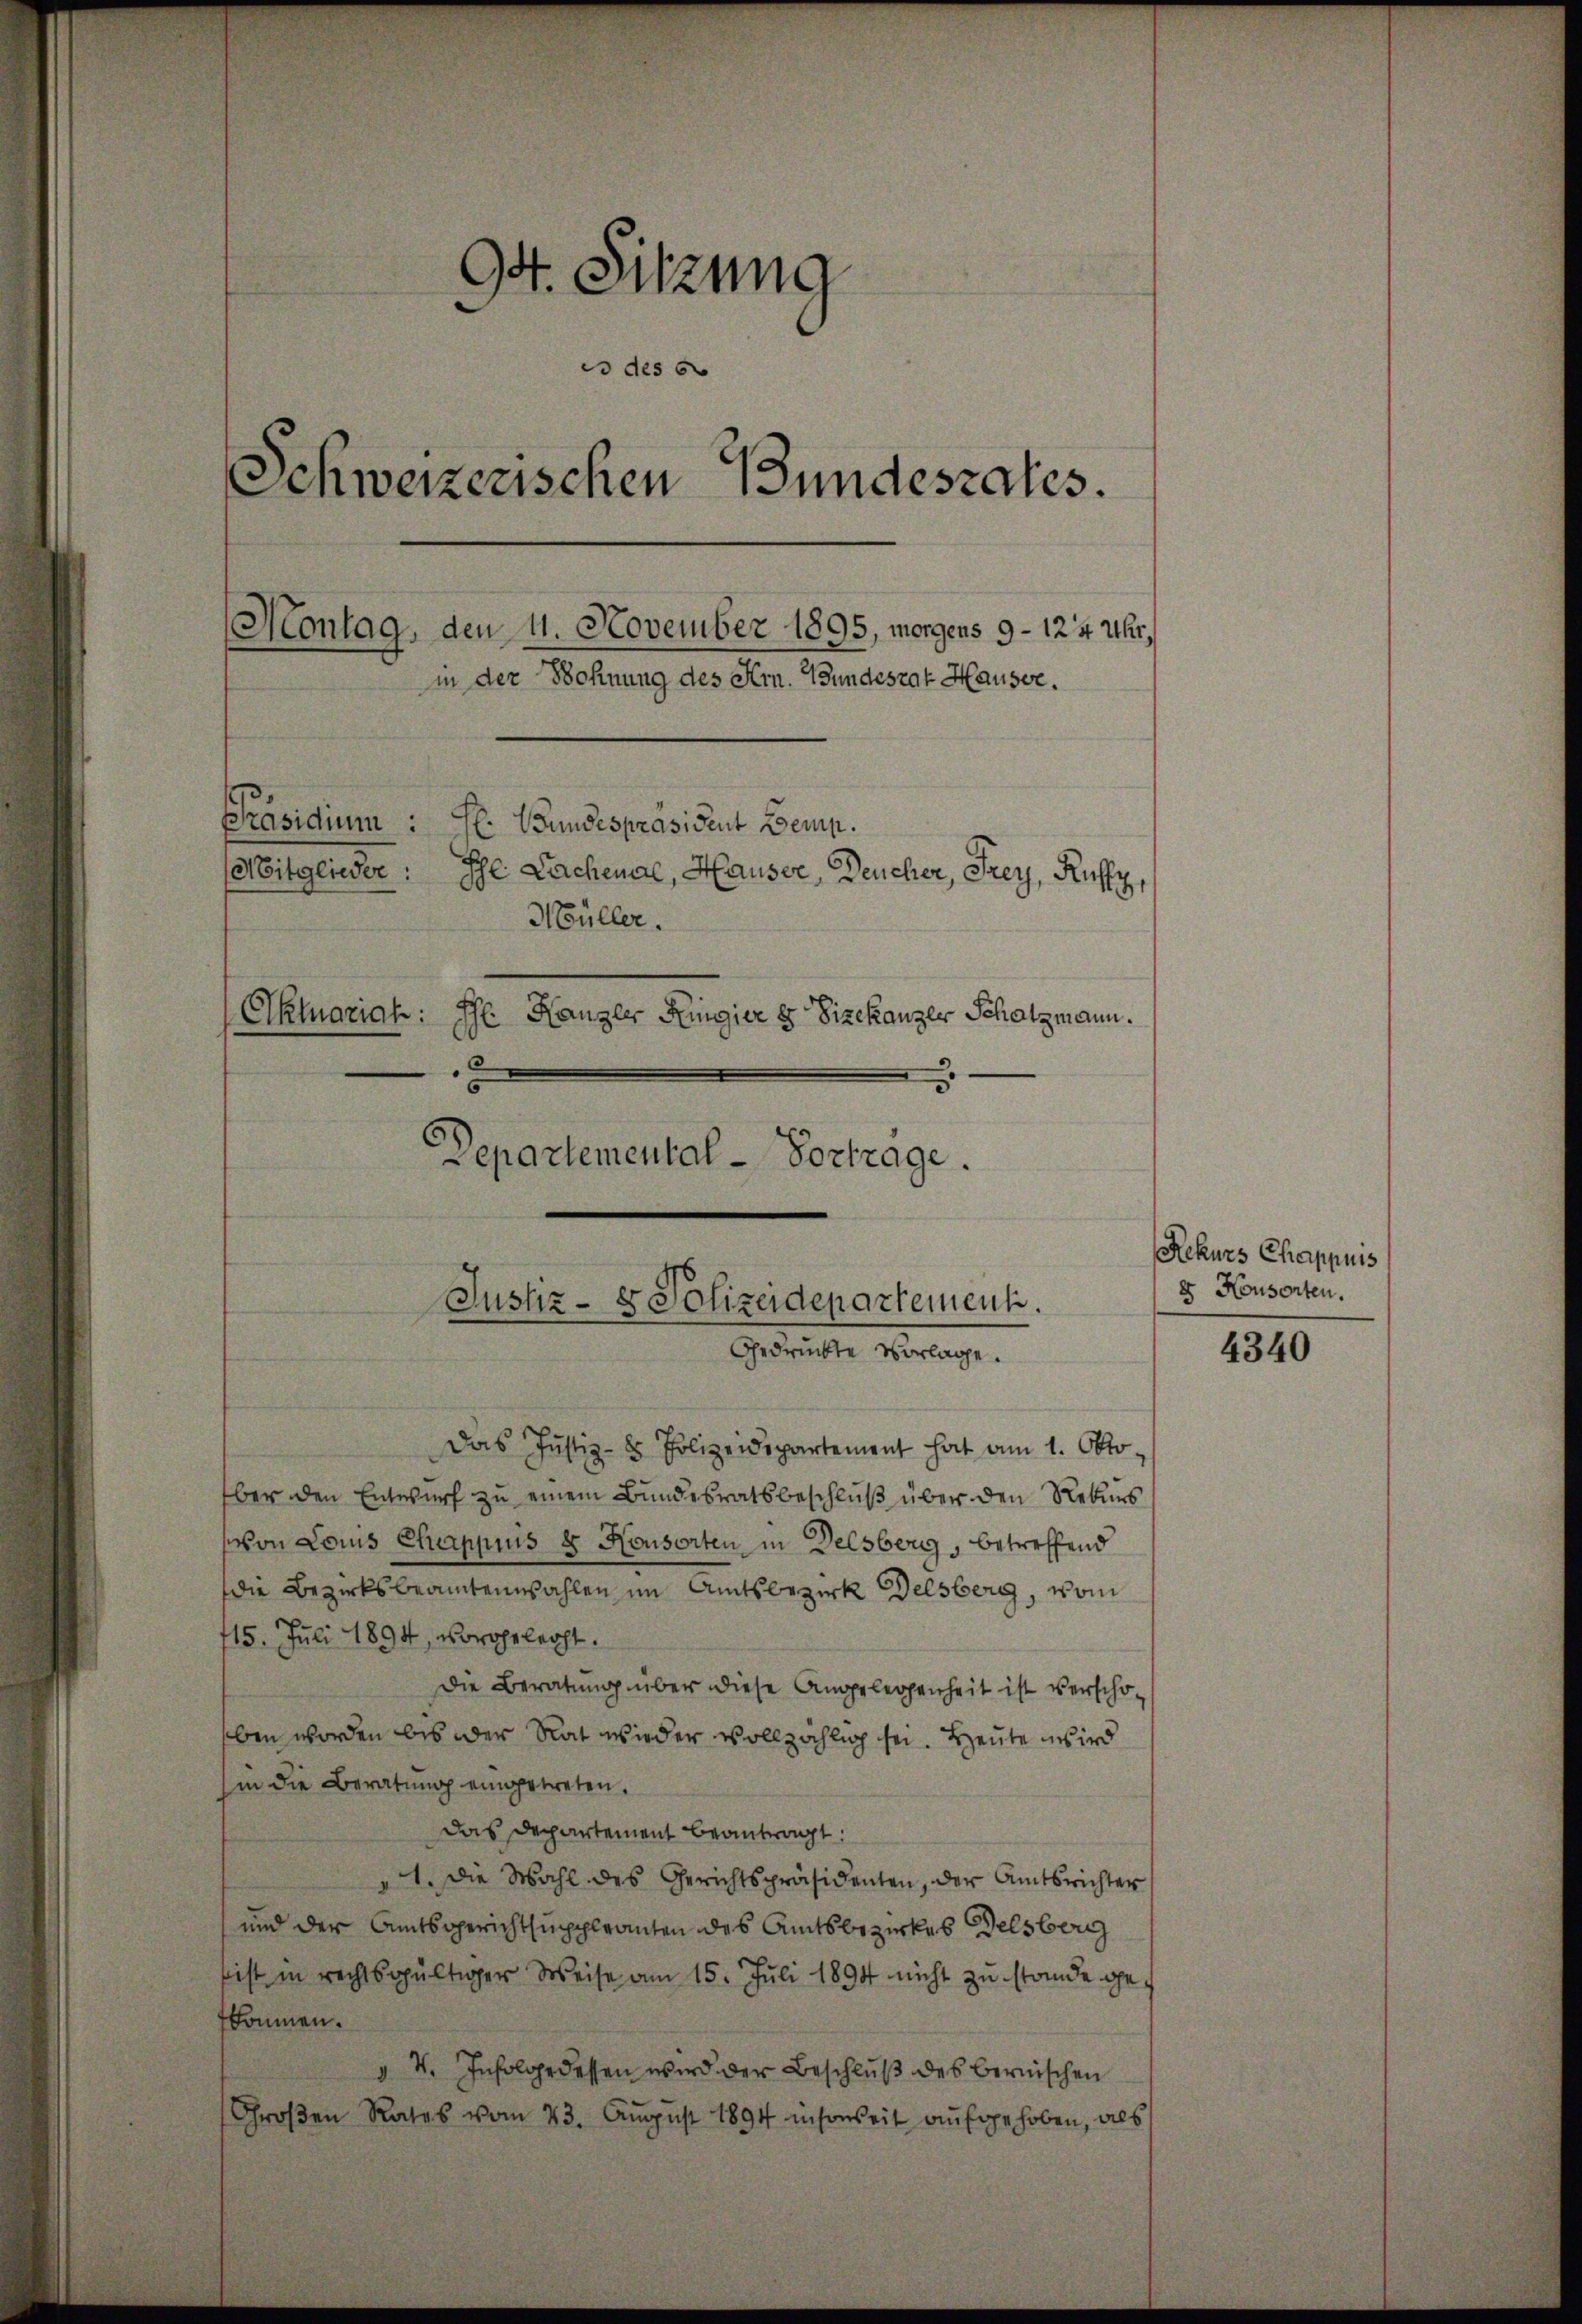
94. Sitzung
o des e
Schweizerischen Bundeszales.
Montag, den 4. November 1895, morgens 9 - 124 Uhr,
in der Wohnung des Hrn. Bundesrat Hauser.
Präsidium:
H. Wundespräsident Bemp.
Mitglieder:
Ihl Lachenal, Hauser, Deucher, Frey, Kuffe
Müller.
Aktuariah:
Ph. Kanzler Ringier 8 Vizekanzer Schatzmann.
5
Departemental-Vortrage.

Justiz- & Polizeidepartement.
Gedrückte Vorlage.

Rekurs Chappuis
e Konsorten.

Das Justiz- & Polizeidepartement hat am 1. Okto
ber den Entwurf zu einem Bundesratsbeschluß über den Rekurs
von Louis Chappius 8 Konsorten in Delsberg, betreffend
die Bezirksbeamtenwahlen im Amtsbezirk Delsberg, vom
715. Juli 1894, vorehelecht.
Die Beratung über diese Angelegenheit ist verschoeben worden bis der Rat wieder vollzählig sei. Heute wird
hin die Beratung eingetreten.
Das Departement beantragt:
1. Die Wahl des Gerichtspräsidenten, der Amtsrichter
und der Amtsgerichtsuppleanten des Amtsbezirkes Delsberg
bist in rechtsgültiger Weise am 15. Juli 1894 nicht zu stande gefkommen.
" 4. Infolge dessen wird der Beschluß des bernischen
Großen Rates vom 23. August 1894 insoweit aufgehoben, als

4340